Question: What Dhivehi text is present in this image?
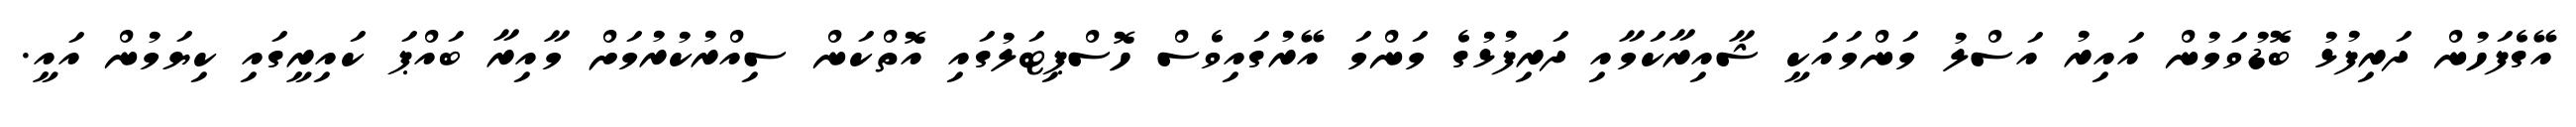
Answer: އޭގެފަހުން ދަރިފުޅު ބޮޑުވަމުން އައިރު އަސްލު މަންމައަކީ ޝާއިރާކަމާއި ދަރިފުޅުގެ މަންމަ އޭރުގައިވެސް ހޮސްޕިޓަލުގައި އޮތްކަން ސިއްރުކުރުމަށް މާއިރާ ބައްޕަ ކައިރީގައި ކިޔަމުން އައީ.